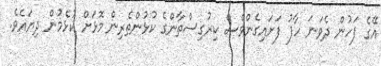
އޭގެ ފަހުން ދެވަނަ ހާފު ފަށައިގެންވެސް ކިރުގިސްތާންގެ ކުޅުންތެރިން މޮޅަށް ކުޅެމުން ދިޔައެވެ.